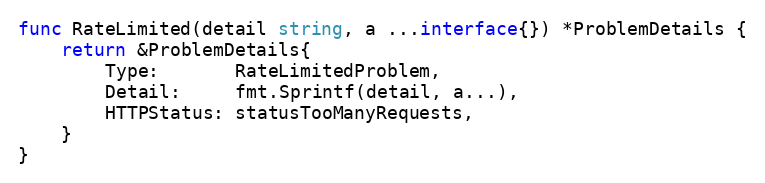
Language: Go
func RateLimited(detail string, a ...interface{}) *ProblemDetails {
	return &ProblemDetails{
		Type:       RateLimitedProblem,
		Detail:     fmt.Sprintf(detail, a...),
		HTTPStatus: statusTooManyRequests,
	}
}